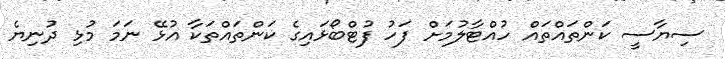
ސިޔާސީ ކަންތައްތައް ހުއްޓާލުމަށް ފަހު ފުޓްބޯޅައިގެ ކަންތައްތަކާ އުޅޭ ނަމަ މުޅި ދުނިޔެ